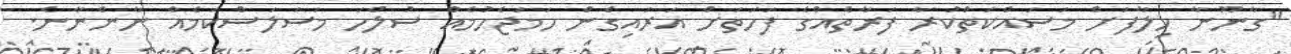
"ގާނޫނާ ހިލާފަށް މަސައްކަތްކުރާ ފަރާތެއްގެ ފަހަތަށް އަރައިގެން ހަމަޖެހުމެއް ސުލްހަ މަސަލަސްކަމެއް ނާންނާނެ.